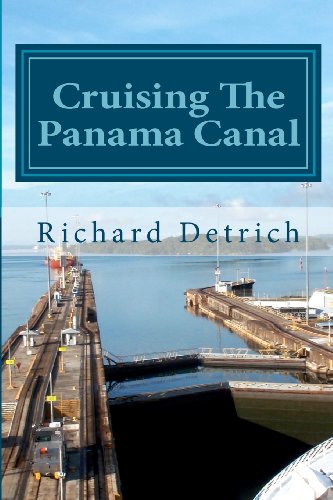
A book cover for Cruising The Panama Canal; Richard Detrich; Travel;